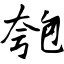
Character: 匏